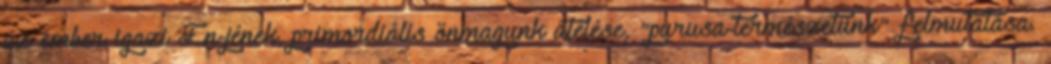
az ember igazi Én-jének, primordiális önmagunk átélése, "purusa-természetünk" felmutatása.